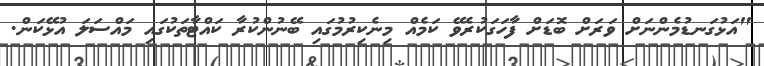
"އަޅުގަނޑުމެންނަށް ވަރަށް ބޮޑަށް ފާހަގަކުރެވޭ ކަމެއް މިނެކިރުމުގައި ބޭނުންކުރާ ކައްޓާތަކުގައި މައްސަލަ އުޅޭކަން.